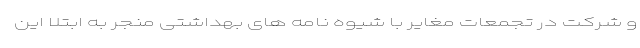
و شرکت در تجمعات مغایر با شیوه نامه های بهداشتی منجر به ابتلا این